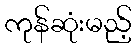
ကုန်ဆုံးမည့်